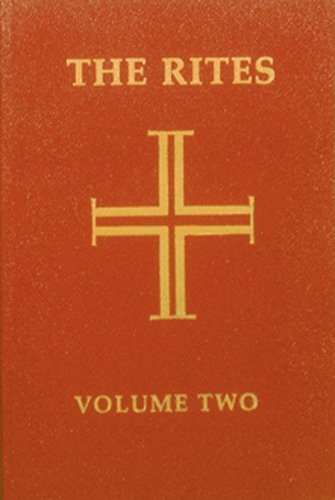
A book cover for Rites of the Catholic Church (Rites of the Catholic Church, Vol. 2); Various; Christian Books & Bibles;